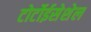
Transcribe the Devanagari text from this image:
टोर्टोईसेशेल